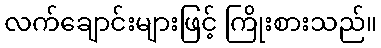
လက်ချောင်းများဖြင့် ကြိုးစားသည်။